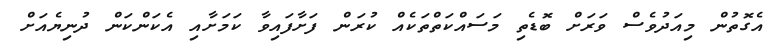
އެގޮތުން މިއަދުވެސް ވަރަށް ބޮޑެތި މަސައްކަތްތަކެއް ކުރަން ފަށާފައިވާ ކަމަށާއި އެކަންކަން ދުނިޔެއަށް